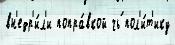
вн'едр'и́л'и попра́вкой чь́ пол'и́т'ику